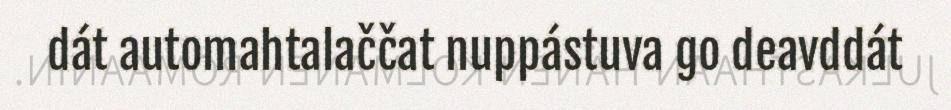
dát automahtalaččat nuppástuva go deavddát